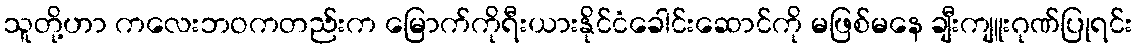
သူတို့ဟာ ကလေးဘဝကတည်းက မြောက်ကိုရီးယားနိုင်ငံခေါင်းဆောင်ကို မဖြစ်မနေ ချီးကျူးဂုဏ်ပြုရင်း